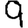
Digit: 9